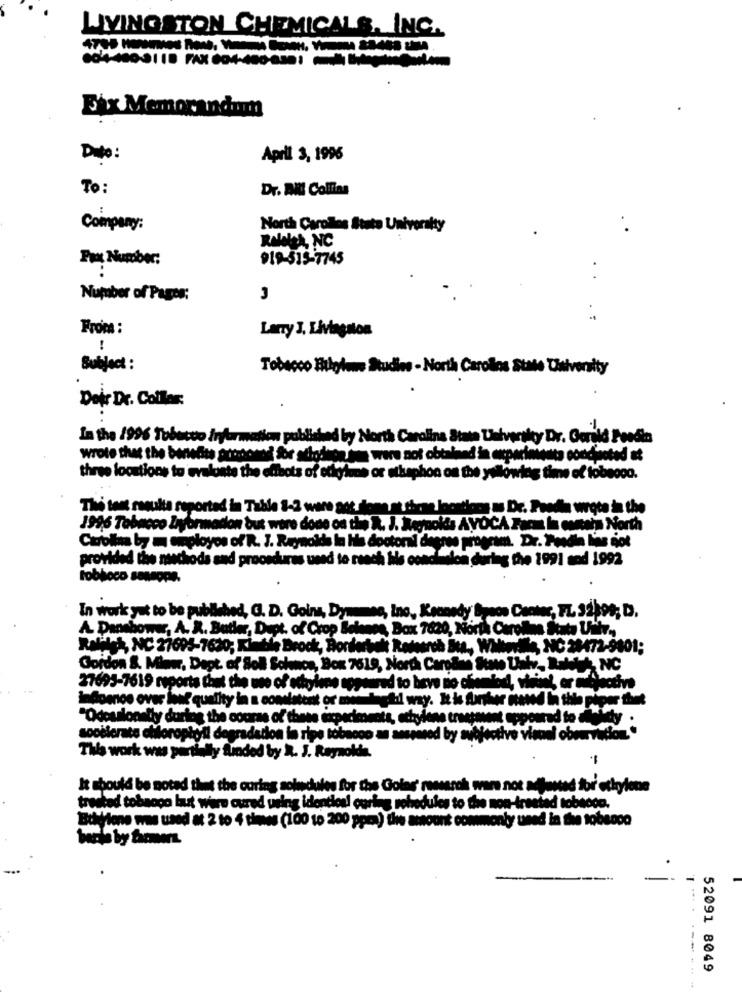
LIVINGSTON CHEMICALS, INC.
Fix Memorandum
Dito :
Aprll 3, 1996
To:
Dr. AKI Colfias
Company:
North Carollos State University
Raleles, NC
Pro Number:
919-515-7745
Number of Pages:
Froma :
Lany J. Livingston
!
Subject :
Tobacco Bilgiom Studies - North Carolina State University
Deir Dr. Collar:
In the 1996 Tobacco frybormation published by North Carolina State University Dr. Gerild
wrote that the benefits arconad for attodasnie were not obtained in appariniesta concisoted at
three loostions to evaluate the elibots of etyluns or etkaphon on the yellowing time of tobeoco.
The tent resulta reported in Table 1-2 were got some at thene locations as Dr. Preda wrote in the
1996 Tabacco Liyormation but were done on the R. J. Reynolds AVOCA Farm In canais North
Carolina by m siployos of R. J. Reynolds In his doctoral deere
provided the naschods and procedures used to reach hils condittelon during the 1991 mod 1992
tobloco sensope.
In work yut to be published, GJ. D. Goin, Dyunmes, ino, Kennedy Space Center, FL 32399; D.
A. Dansbower, A. R. Butler, Dept. of Crop Belenes, Box 7820, North Carolina Seats Ultr .,
Rafiles, NC 27693-7620, Kimtin Brock, Bordfortak Research Bea ., While
und NC 28472-9001;
Gordon & Milau, Dept. of Soll Solanoa, Box 7619, North Carolina State Univ, Baking
27693-7619 reports that the me of ochylene appeared to beve sie chemiedi, while !, or Silva
infomnoe over ine quality in a consistent or mie t-edil way. It is forsker Hand In the piper thet
"Odosalonally during the course of these experiments, ethylene truetonent opponrad to feldty .
sooèlerate ofilorophyll degradation in ripe tobacco an answered by subjective visuel obou vation."
This work was partially funded by R. J. Reynolds.
-
It should be noted that the curing solidules for the Golas' maessrok wars not allowed for' etkyione
treated tobaoça laut wire cured using identical curing schedules to the non-treated tobacco.
Buwione was used at 2 to 4 times (100 to 200 ppma) the amount commonly used in the tobacco
52091 8049